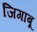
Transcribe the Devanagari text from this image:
जिगाबू